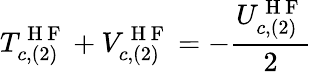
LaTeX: T_{c,(2)}^{\mathrm{~H~F~}}+V_{c,(2)}^{\mathrm{~H~F~}}=-\frac{U_{c,(2)}^{\mathrm{~H~F~}}}{2}